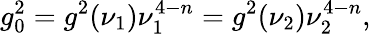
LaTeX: g_{0}^{2}=g^{2}(\nu_{1})\nu_{1}^{4-n}=g^{2}(\nu_{2})\nu_{2}^{4-n},